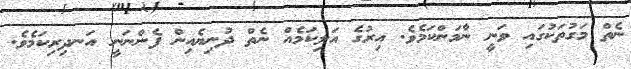
ނެތް މަގުތަކުގައި ވަނީ ނާމަންކަމެވެ. އިރުގެ އަލިކަމެއް ނެތް ދުނިޔެއިން ފެންނަނީ އަނދިރިކަމެވެ.